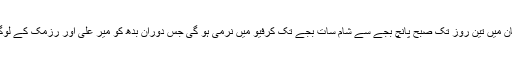
قبائلی انتظامیہ کے ذرائع کے مطابق شمالی وزیرستان میں تین روز تک صبح پانچ بجے سے شام سات بجے تک کرفیو میں نرمی ہو گی جس دوران بدھ کو میر علی اور رزمک کے لوگوں کو محفوظ مقامات پر منتقل ہونے کا کہا گیا ہے۔